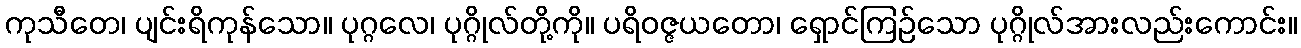
ကုသီတေ၊ ပျင်းရိကုန်သော။ ပုဂ္ဂလေ၊ ပုဂ္ဂိုလ်တို့ကို။ ပရိဝဇ္ဇယတော၊ ရှောင်ကြဉ်သော ပုဂ္ဂိုလ်အားလည်းကောင်း။